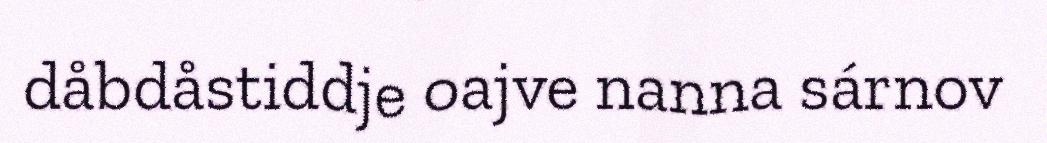
dåbdåstiddje oajve nanna sárnov